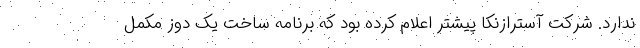
ندارد. شرکت آسترازنکا پیشتر اعلام کرده بود که برنامه ساخت یک دوز مکمل